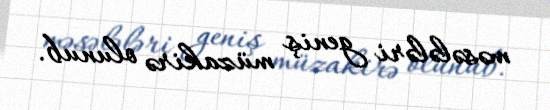
məsələləri geniş müzakirə olunub.